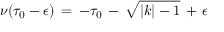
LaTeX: \nu ( \tau _ { 0 } - \epsilon ) \, = \, - \tau _ { 0 } \, - \, \sqrt { \vert k \vert - 1 } \, + \, \epsilon